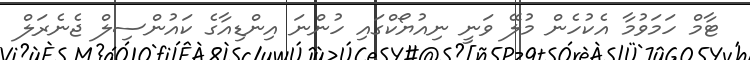
ޓާމް ހަމަވުމާ އެކުހެން މުލޭ ވަނީ ނިއުޔޯކްގައި ހުންނަ އިންޑިއާގެ ކައުންސިލް ޖެނެރަލް